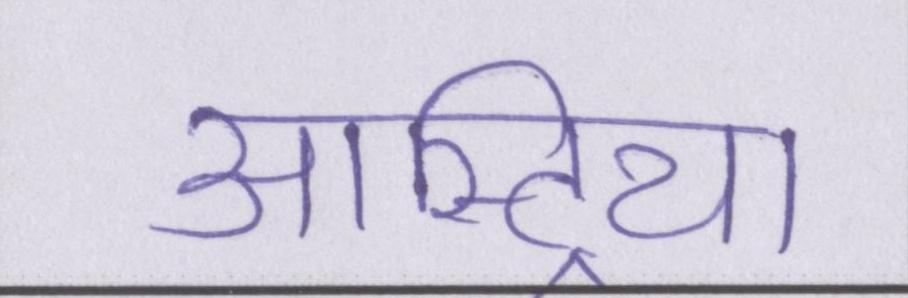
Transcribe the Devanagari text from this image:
आस्ट्रिया